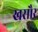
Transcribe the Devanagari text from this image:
खसौर